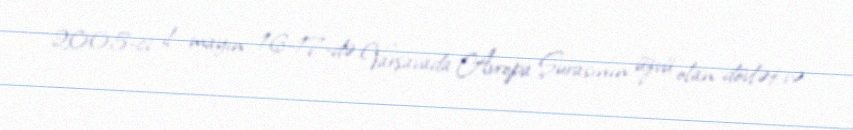
2005-ci il mayın 16-17-də Varşavada Avropa Şurasının üzvü olan dövlət və